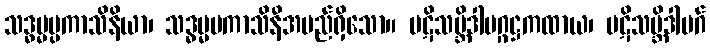
သဒ္ဓမ္မပ္ပကာသိနိယာ၊ သဒ္ဓမ္မပကာသိနီအမည်ရှိသော။ ပဋိသမ္ဘိဒါမဂ္ဂဋ္ဌကထာယ၊ ပဋိသမ္ဘိဒါမဂ်